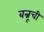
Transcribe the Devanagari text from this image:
बन्नूची